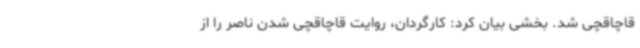
قاچاقچی شد. بخشی بیان کرد: کارگردان، روایت قاچاقچی شدن ناصر را از